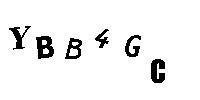
YBB4GC